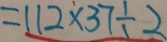
= 1 1 2 \times 3 7 \div 2